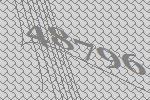
48796